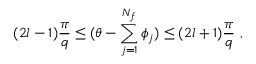
{ ( 2 l - 1 ) \frac { \pi } { q } \leq ( \theta - \sum _ { j = 1 } ^ { N _ { f } } \phi _ { j } ) \leq ( 2 l + 1 ) \frac { \pi } { q } } \, \, , \nonumber